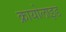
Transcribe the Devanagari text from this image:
क्रायोलाइड